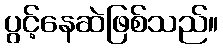
ပွင့်နေဆဲဖြစ်သည်။